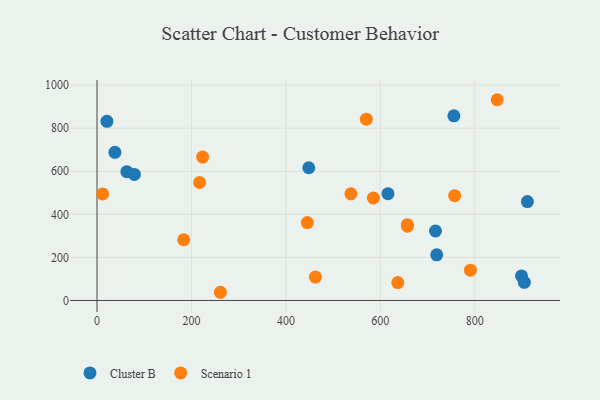
{"axis": {"x": "Ad Spend", "y": "Fuel Efficiency"}, "legend": ["Cluster B", "Scenario 1"], "data": [{"x": "899.0", "y": 114.0, "type": "Cluster B"}, {"x": "905.0", "y": 84.3, "type": "Cluster B"}, {"x": "616.2", "y": 495.8, "type": "Cluster B"}, {"x": "911.4", "y": 459.5, "type": "Cluster B"}, {"x": "719.4", "y": 211.8, "type": "Cluster B"}, {"x": "63.2", "y": 598.0, "type": "Cluster B"}, {"x": "79.2", "y": 585.2, "type": "Cluster B"}, {"x": "37.9", "y": 688.0, "type": "Cluster B"}, {"x": "448.5", "y": 616.5, "type": "Cluster B"}, {"x": "21.0", "y": 832.2, "type": "Cluster B"}, {"x": "716.8", "y": 322.7, "type": "Cluster B"}, {"x": "755.8", "y": 857.7, "type": "Cluster B"}, {"x": "790.8", "y": 140.6, "type": "Scenario 1"}, {"x": "445.4", "y": 361.6, "type": "Scenario 1"}, {"x": "261.3", "y": 38.0, "type": "Scenario 1"}, {"x": "657.5", "y": 345.2, "type": "Scenario 1"}, {"x": "462.5", "y": 108.6, "type": "Scenario 1"}, {"x": "657.2", "y": 352.1, "type": "Scenario 1"}, {"x": "217.3", "y": 547.9, "type": "Scenario 1"}, {"x": "585.3", "y": 475.9, "type": "Scenario 1"}, {"x": "223.7", "y": 665.9, "type": "Scenario 1"}, {"x": "11.9", "y": 494.7, "type": "Scenario 1"}, {"x": "537.7", "y": 495.5, "type": "Scenario 1"}, {"x": "183.7", "y": 281.9, "type": "Scenario 1"}, {"x": "637.0", "y": 82.9, "type": "Scenario 1"}, {"x": "570.4", "y": 842.0, "type": "Scenario 1"}, {"x": "847.5", "y": 932.4, "type": "Scenario 1"}, {"x": "757.4", "y": 486.7, "type": "Scenario 1"}]}